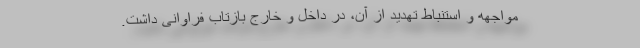
مواجهه و استنباط تهدید از آن، در داخل و خارج بازتاب فراوانی داشت.